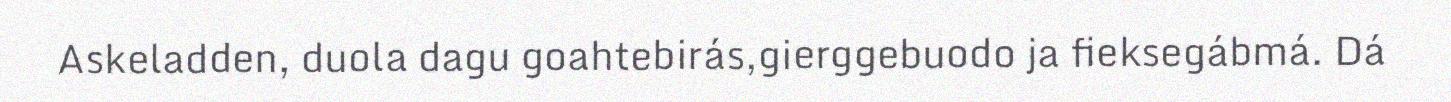
Askeladden, duola dagu goahtebirás,gierggebuodo ja fieksegábmá. Dá